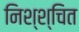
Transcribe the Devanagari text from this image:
निश्श्चित